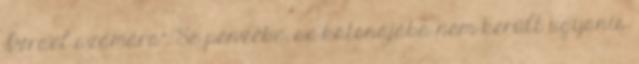
Izrael számára”. Se pénzébe, se katonájába nem került ugyanis